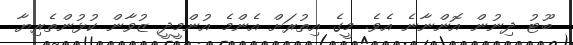
ބޫޓު ދިނުން އޮންނާނެ އެވެ. މީގެ އިތުރަށް އެންމެ އުންމީދީ ޒުވާން ކުޅުންތެރިޔާ